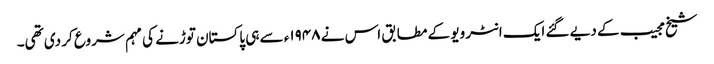
شیخ مجیب کے دیے گئے ایک انٹر ویو کے مطابق اس نے ۱۹۴۸ء سے ہی پاکستان توڑنے کی مہم شروع کر دی تھی۔